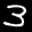
Label: 3